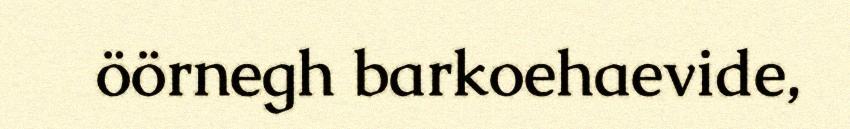
öörnegh barkoehaevide,